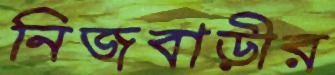
নিজবাড়ীর